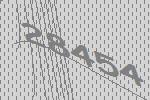
28454